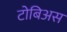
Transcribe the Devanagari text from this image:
टोबिअस